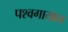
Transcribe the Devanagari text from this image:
पश्वगायान